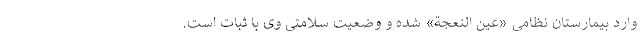
وارد بیمارستان نظامی «عین النعجة» شده و وضعیت سلامتی وی با ثبات است.